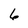
Character: 6